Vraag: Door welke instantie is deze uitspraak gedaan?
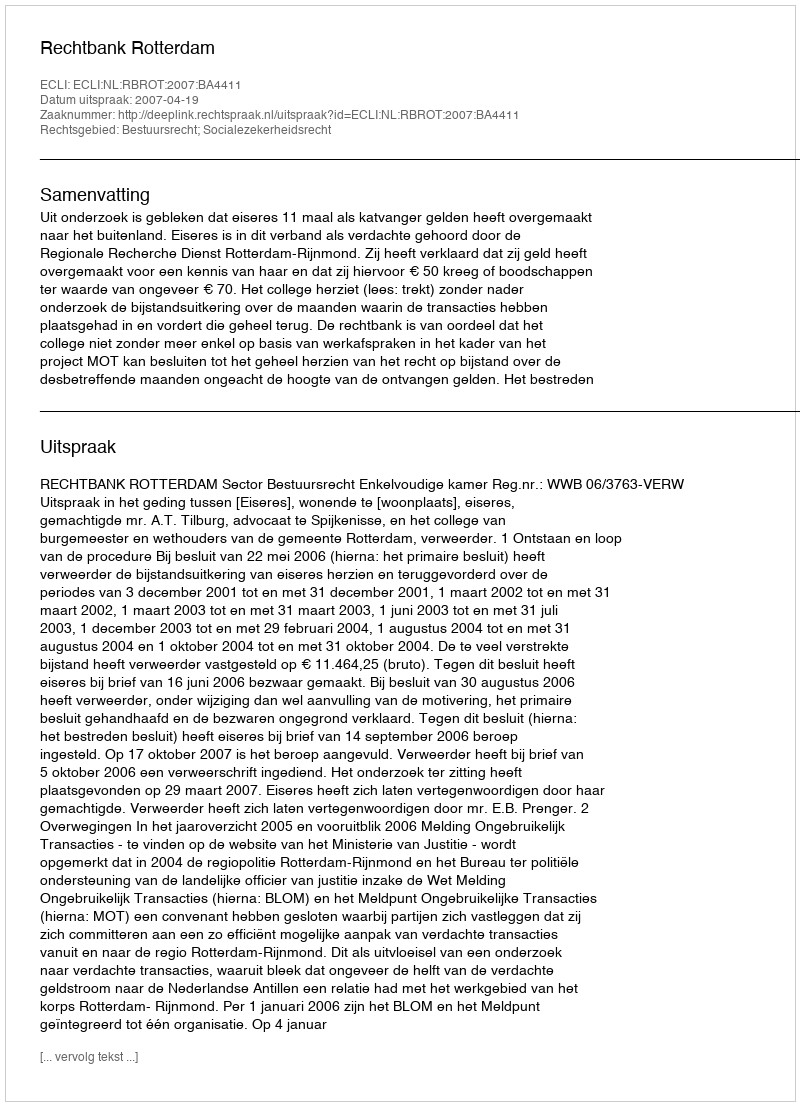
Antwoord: Rechtbank Rotterdam